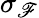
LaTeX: \sigma_{\mathscr{F}}